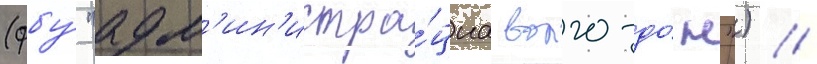
(фбу́ "адм'ин'истра́циа волго-до́н") //